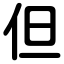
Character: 但